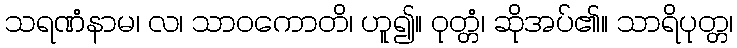
သရဏံနာမ၊ လ၊ သာဝကောတိ၊ ဟူ၍။ ဝုတ္တံ၊ ဆိုအပ်၏။ သာရိပုတ္တ၊